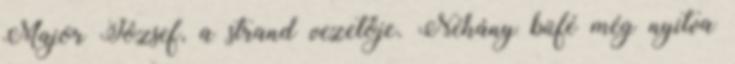
Major József, a strand vezetője. Néhány büfé még nyitva